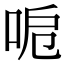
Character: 𠲪